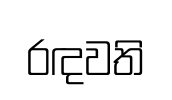
රඳවති